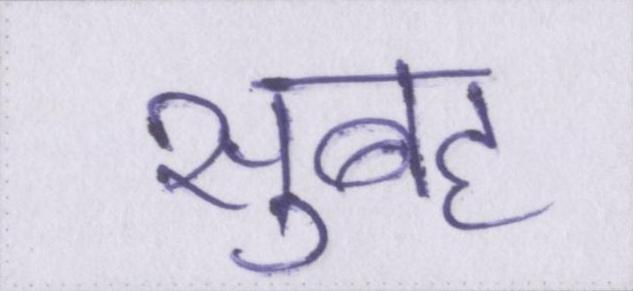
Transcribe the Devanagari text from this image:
सुबह